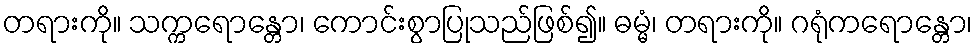
တရားကို။ သက္ကရောန္တော၊ ကောင်းစွာပြုသည်ဖြစ်၍။ ဓမ္မံ၊ တရားကို။ ဂရုံကရောန္တော၊